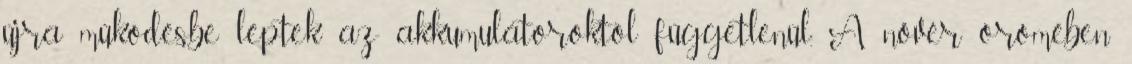
újra működésbe léptek az akkumulátoroktól függetlenül. A nővér örömében